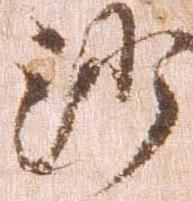
沙